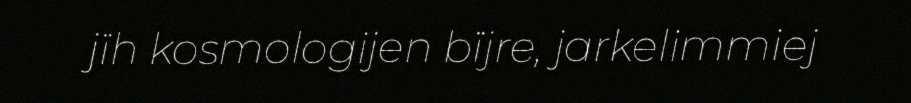
jïh kosmologijen bïjre, jarkelimmiej